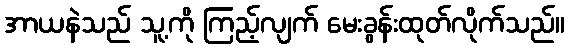
အာယနဲသည် သူ့ကို ကြည့်လျက် မေးခွန်းထုတ်လိုက်သည်။